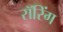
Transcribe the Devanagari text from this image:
रॉरिंग